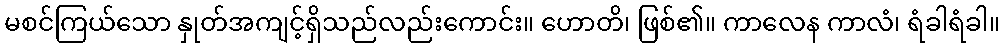
မစင်ကြယ်သော နှုတ်အကျင့်ရှိသည်လည်းကောင်း။ ဟောတိ၊ ဖြစ်၏။ ကာလေန ကာလံ၊ ရံခါရံခါ။